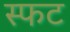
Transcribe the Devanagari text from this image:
स्फट